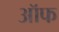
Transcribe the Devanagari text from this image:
ऑफ